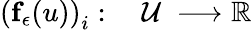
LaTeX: \begin{array}{rl}{\left(\textbf{f}_{\epsilon}(u)\right)_{i}:\; }&{{}\mathcal{U}\; \longrightarrow\mathbb{R}}\end{array}